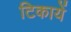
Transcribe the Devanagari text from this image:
टिकायें